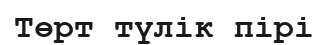
Төрт түлік пірі